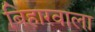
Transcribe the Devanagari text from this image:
बिहारवाला